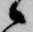
候